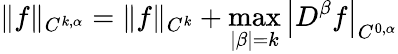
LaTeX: \| f\| _{C^{k,\alpha}}=\| f\| _{C^{k}}+\operatorname*{max}_{|\beta|=k}\left|D^{\beta}f\right|_{C^{0,\alpha}}